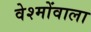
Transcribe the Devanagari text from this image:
वेश्मोंवाला